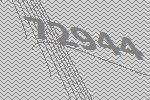
72944